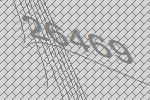
26469